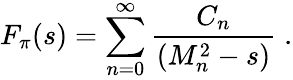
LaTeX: F_{\pi}(s)=\sum_{n=0}^{\infty}\frac{C_{n}}{(M_{n}^{2}-s)}\; .